Indian journal of veterinary science and animal husbandry - Volume 2,
Year: 1932
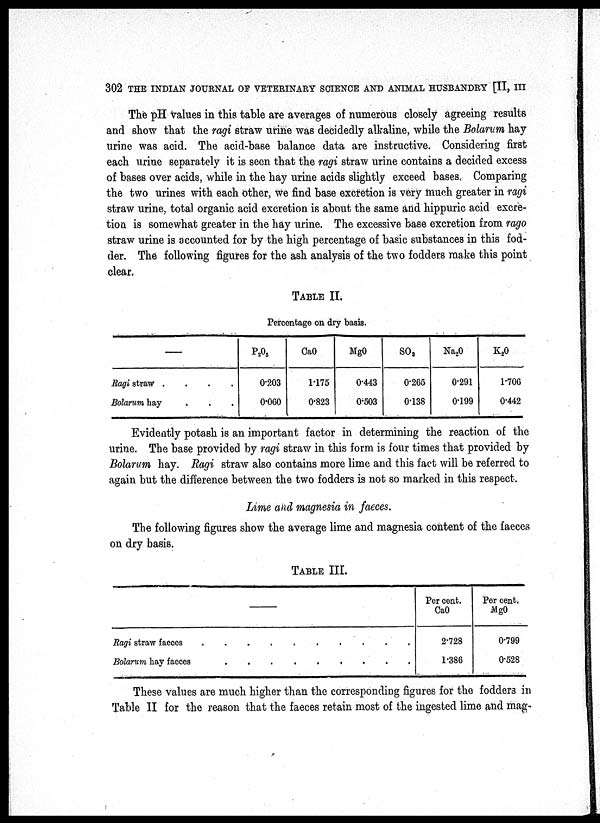
302 THE INDIAN JOURNAL OF VETERINARY SCIENCE AND ANIMAL HUSBANDRY [II, III
The pH values in this table are averages of numerous closely agreeing results
and show that the ragi straw urine was decidedly alkaline, while the Bolarum hay
urine was acid. The acid-base balance data are instructive. Considering first
each urine separately it is seen that the ragi straw urine contains a decided excess
of bases over acids, while in the hay urine acids slightly exceed bases. Comparing
the two urines with each other, we find base excretion is very much greater in ragi
straw urine, total organic acid excretion is about the same and hippuric acid excre-
tion is somewhat greater in the hay urine. The excessive base excretion from rago
straw urine is accounted for by the high percentage of basic substances in this fod-
der. The following figures for the ash analysis of the two fodders make this point
clear.
TABLE II.
Percentage on dry basis.
—
Ragi straw
....
Bolarum hay ...
P 2 O 5
0.203
0.060
CaO
1.175
0.823
MgO
0.443
0.503
SO 3
0.265
0.138
Na 2 O
0.291
0.199
K 2 O
1.706
0.442
Evidently potash is an important factor in determining the reaction of the
urine. The base provided by ragi straw in this form is four times that provided by
Bolarum hay. Ragi straw also contains more lime and this fact will be referred to
again but the difference between the two fodders is not so marked in this respect.
Lime and magnesia in faeces.
The following figures show the average lime and magnesia content of the faeces
on dry basis.
TABLE III.
—
Ragi straw faeces
Bolarum hay faeces
.
.
.
.
.
.
.
.
.
.
.
.
.
.
.
.
.
.
.
.
Per cent.
CaO
2.728
1.386
Per cent.
MgO
0.799
0.528
These values are much higher than the corresponding figures for the fodders in
Table II for the reason that the faeces retain most of the ingested lime and mag